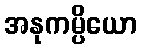
အနုကမ္ပိယော